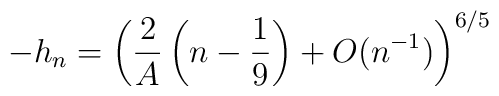
-h_{n}=\left(  \frac2A\left(  n-\frac19\right)  +O(n^{-1})\right)^{6/5}